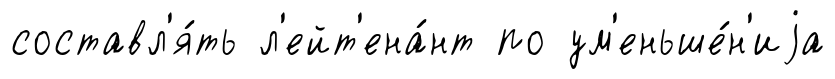
составл'я́ть л'ейт'ена́нт по ум'еньше́н'иjа